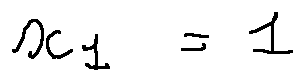
x _ { 1 } = 1